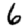
Digit: 6